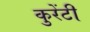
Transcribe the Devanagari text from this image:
कुरेंटी